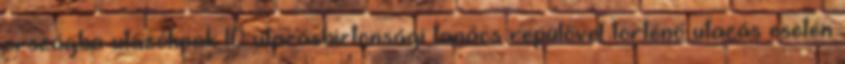
országba utazóknak 10 utazásbiztonsági tanács repülővel történő utazás esetén